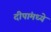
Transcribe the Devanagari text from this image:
दीपांमध्ये